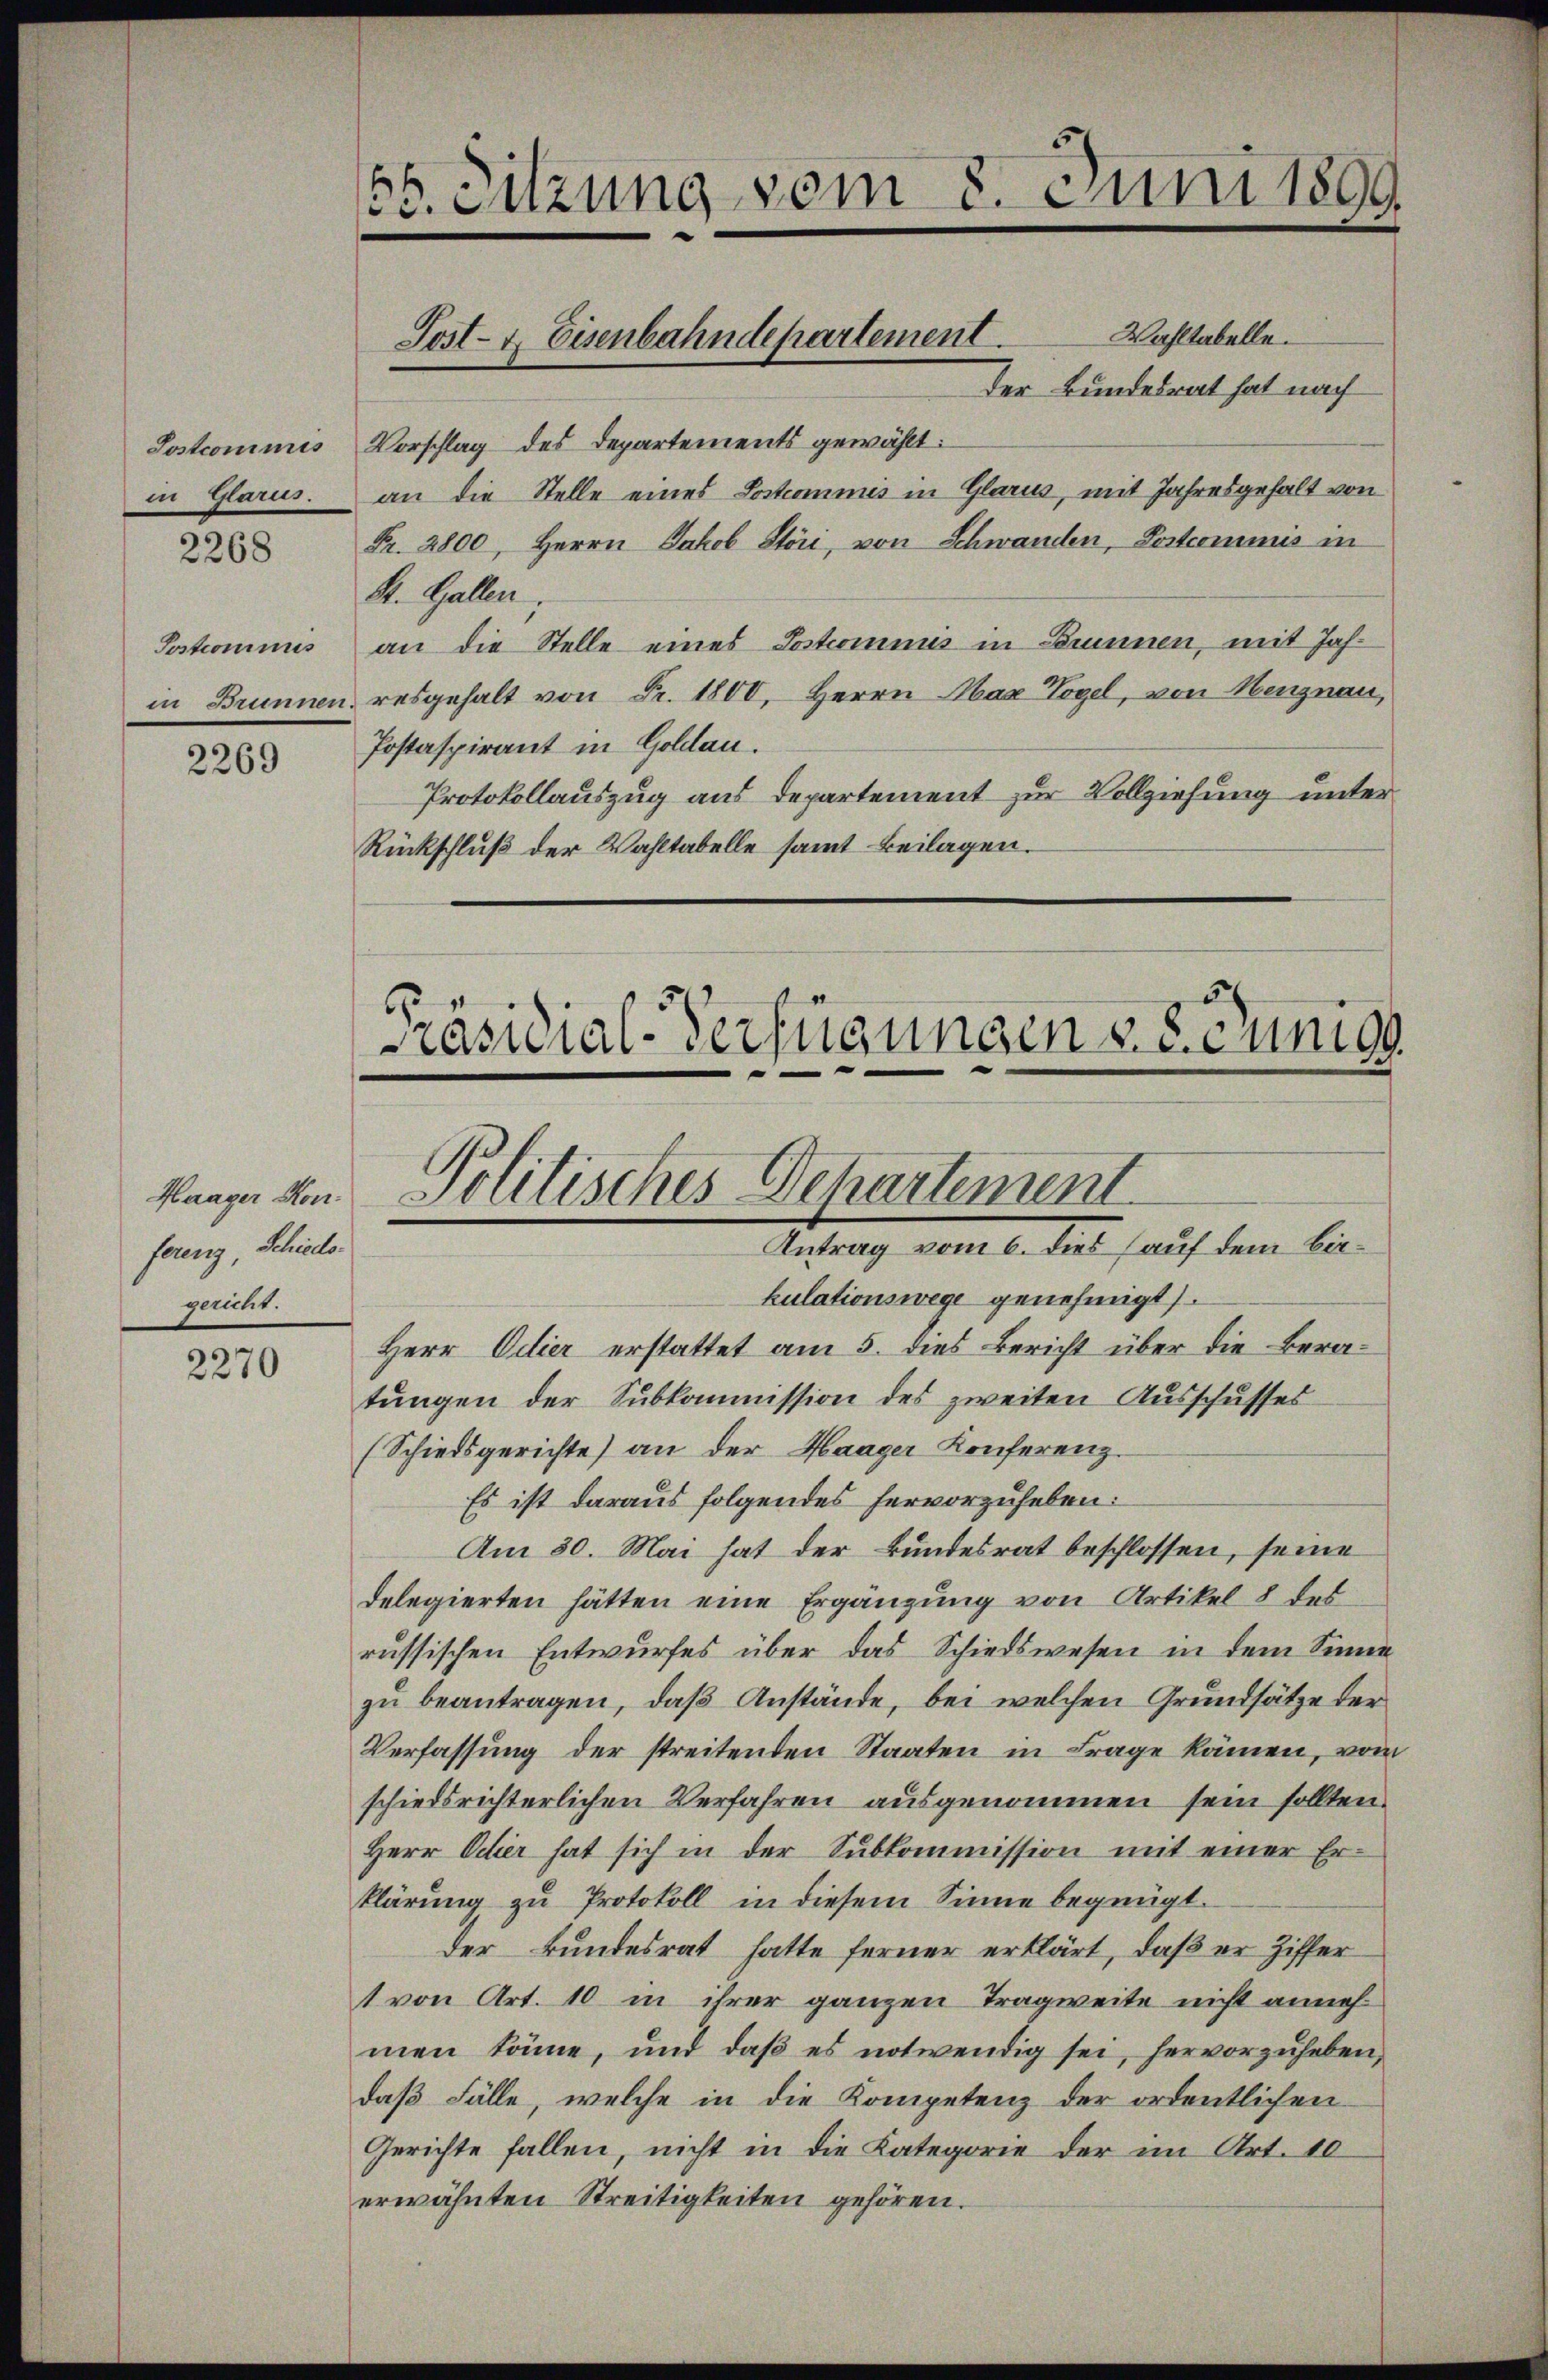
2268

Sostcommis

2269

Haager Konferenz, Schiedsgericht.

2270

56. Sitzung vom 8. Juni 1899
Wahltabelle.
Post- & Eisenbahndepartement.

Der Bundesrat hat nach
Sostcommis Vorschlag des Departements gewählt:
in Glarus. an die Stelle eines Lostcommis in Glarus, mit Jahresgehalt von
Fr. 2800, Herrn Jakob Störi, von Schwanden, Postcommis in
St. Gallen,
an die Stelle eines Postcommis in Brunnen, mit Jahin Brunnen, resgehalt von Fr. 1800. Herrn Max Vogel, von Menznau,
Postaspirant in Goldau.
Protokollauszug aus Departement zur Vollziehung unter
Rückschluß der Wahltabelle samt Beilagen.

Präsidial-Verfügungen v. 8. Junigs
Politisches Behartement
Antrag vom 6. dies (auf dem bis¬

kulationswege genehmigt.
Herr Oder erstattet am 5. dies Bericht über die Beratungen der Subkommission des zweiten Ausschusses
(Schiedsgerichte) an der Haager Konferenz.
Es ist daraus folgendes hervorzuheben:
Am 30. Mai hat der Bundesrat beschlossen, seine
delegierten hätten eine Ergänzung von Artikel 8 des
russischen Entwurfes über das Schiedswesen in dem Sinne
zu beantragen, daß Anstände, bei welchen Grundsätze der
Verfassung der streitenden Staaten in Frage kämen, vom
schiedsrichterlichen Verfahren ausgenommen sein sollten.
Herr Oder hat sich in der Subkommission mit einer Erklärung zu Protokoll in diesem Sinne begnügt.
der Bundesrat hatte ferner erklärt, daß er Ziffer
t von Art. 10 in ihrer ganzen Tragweite nicht annehmen könne, und daβ es notwendig sei, hervorzŭheben,
daß Fälle, welche in die Kompetenz der ordentlichen
Gerichte fallen, nicht in die Kategorie der im Art. 10
erwähnten Streitigkeiten gehören.